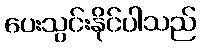
ပေးသွင်းနိုင်ပါသည်